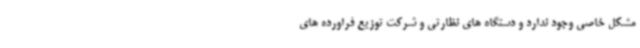
مشکل خاصی وجود ندارد و دستگاه های نظارتی و شرکت توزیع فراورده های